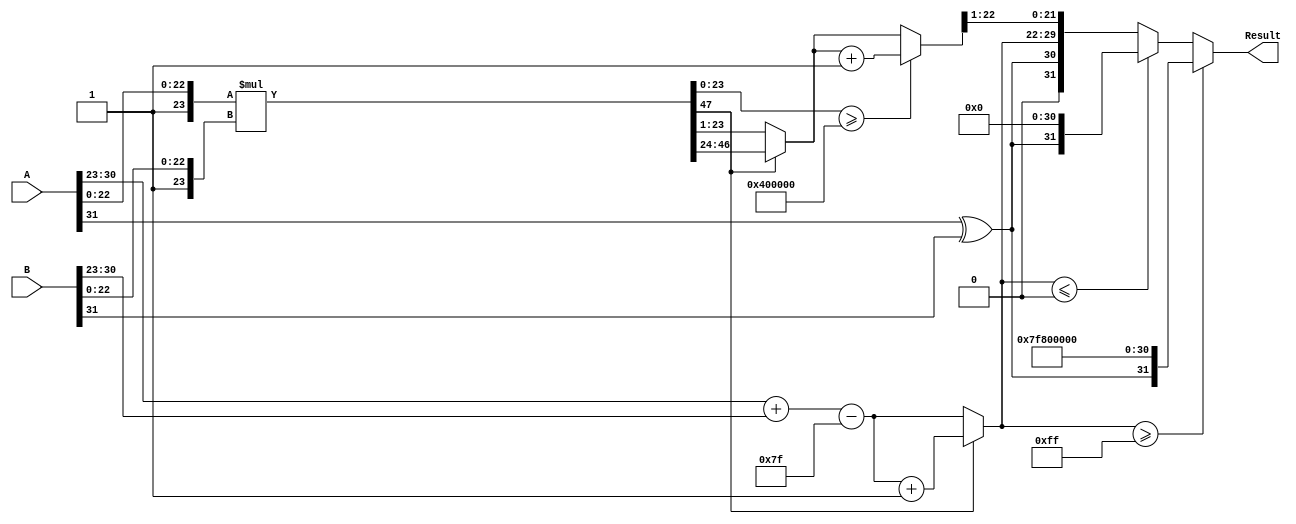
module floating_point_multiplier (
    input  wire [31:0] A, // First floating-point operand
    input  wire [31:0] B, // Second floating-point operand
    output reg  [31:0] Result // Product of the two floating-point operands
);

    // Constants
    localparam BIAS = 8'd127;
    localparam EXPONENT_WIDTH = 8;
    localparam MANTISSA_WIDTH = 23;
    localparam MANTISSA_SIZE = MANTISSA_WIDTH + 1; // Including implicit leading 1

    // Internal signals
    wire signA, signB, signResult;
    wire [EXPONENT_WIDTH-1:0] expA, expB, expResult;
    wire [MANTISSA_SIZE-1:0] mantA, mantB, mantResult;
    wire [MANTISSA_SIZE*2-1:0] mantProduct;
    wire [EXPONENT_WIDTH:0] expSum; // Extra bit for overflow

    // Extract sign, exponent, and mantissa
    assign signA = A[31];
    assign signB = B[31];
    assign expA = A[30:23];
    assign expB = B[30:23];
    assign mantA = {1'b1, A[22:0]}; // Implicit leading 1
    assign mantB = {1'b1, B[22:0]}; // Implicit leading 1

    // Calculate the product of the mantissas
    assign mantProduct = mantA * mantB;

    // Calculate the sign of the result
    assign signResult = signA ^ signB;

    // Calculate the exponent sum
    assign expSum = (expA + expB) - BIAS;

    // Normalize the mantissa and calculate the exponent
    always @(*) begin
        if (mantProduct[MANTISSA_SIZE*2-1]) begin // If mantProduct >= 2
            mantResult = mantProduct[MANTISSA_SIZE*2-1:MANTISSA_SIZE]; // Shift right
            expResult = expSum + 1; // Increment exponent
        end else begin
            mantResult = mantProduct[MANTISSA_SIZE-1:1]; // Normalized mantissa
            expResult = expSum; // Keep exponent
        end

        // Handle special cases
        if (expResult >= 8'd255) begin // Overflow
            Result = {signResult, 8'd255, 23'b0}; // Set to infinity
        end else if (expResult <= 8'd0) begin // Underflow
            Result = {signResult, 8'd0, 23'b0}; // Set to zero
        end else begin
            // Rounding
            if (mantProduct[MANTISSA_SIZE-1:0] >= (1 << (MANTISSA_WIDTH - 1))) begin
                mantResult = mantResult + 1; // Round up
            end
            Result = {signResult, expResult[EXPONENT_WIDTH-1:0], mantResult[MANTISSA_WIDTH-1:1]};
        end
    end

endmodule